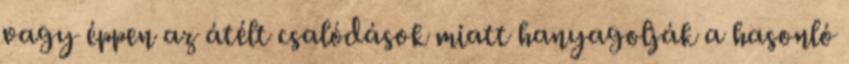
vagy éppen az átélt csalódások miatt hanyagolják a hasonló